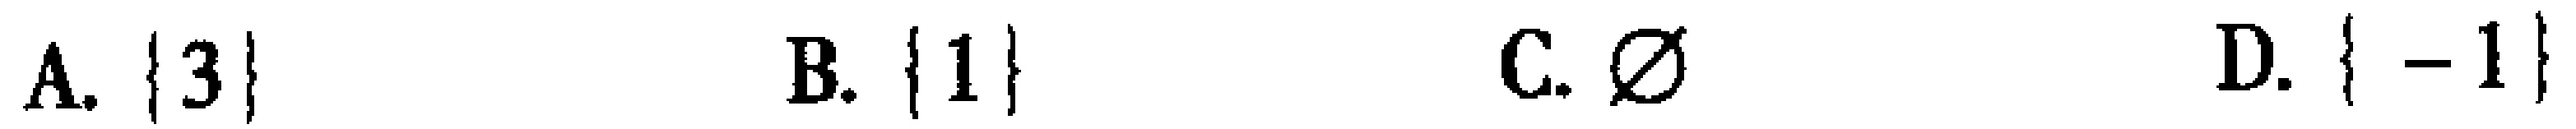
A. $\{3\}$  B. $\{1\}$  C. $\varnothing$  D. $\{-1\}$